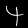
Label: 4